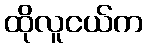
ထိုလူငယ်က